Leaving Certificate Examination (including Day School Certificate (Higher) General paper), 1934
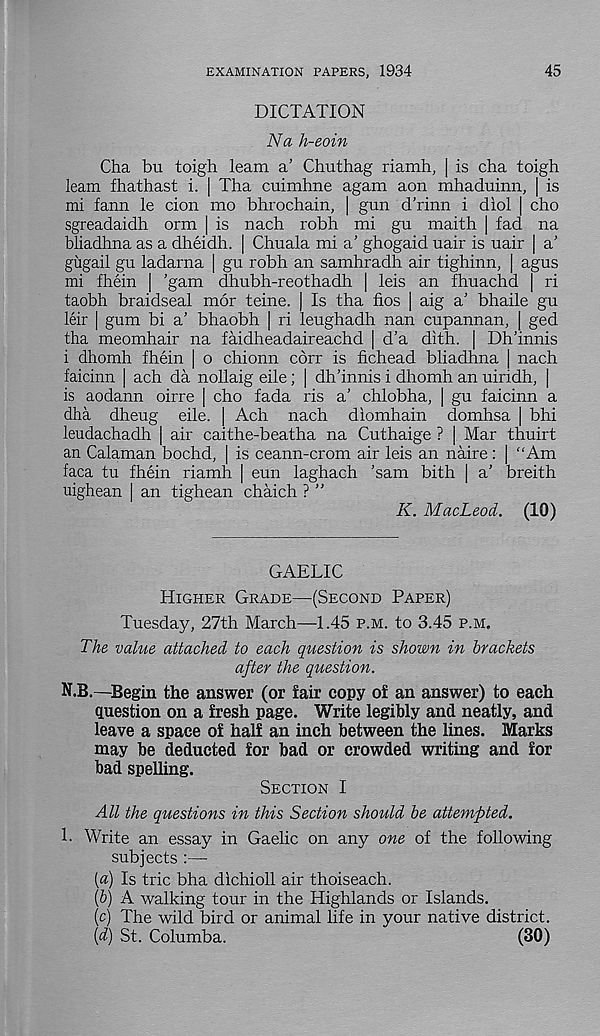
EXAMINATION PAPERS, 1934
45
DICTATION
Na h-eoin
Cha bu toigh leam a’ Chuthag riamh, [ is cha toigh
leam fhathast i. | Tha cuimhne agam aon mhaduinn, | is
mi fann le cion mo bhrochain, | gun d’rinn i diol | cho
sgreadaidh orm | is nach robh mi gu maith | fad na
bliadhna as a dheidh. | Chuala mi a’ ghogaid uair is uair | a’
giigail gu ladarna | gu robh an samhradh air tighinn, | agus
mi fhein | ’gam dhubh-reothadh | leis an fhuachd | ri
taobh braidseal mor teine. | Is tha fios [ aig a’ bhaile gu
leir | gum bi a’ bhaobh [ ri leughadh nan cupannan, | ged
tha meomhair na faidheadaireachd | d’a dith. | Dh’innis
i dhomh fhein ] o chionn cbrr is fichead bliadhna | nach
faicinn | ach da nollaig eile; | dh’innis i dhomh an uiridh, |
is aodann oirre | cho fada ris a’ chlobha, | gu faicinn a
dha dheug eile. | Ach nach diomhain domhsa | bhi
leudachadh | air caithe-beatha na Cuthaige ? | Mar thuirt
an Calaman bochd, | is ceann-crom air leis an naire: | “Am
faca tu fhein riamh | eun laghach ’sam bith | a’ breith
uighean | an tighean chaich ? ”
K. MacLeod. (10)
GAELIC
Higher Grade—(Second Paper)
Tuesday, 27th March—1.45 p.m. to 3.45 p.m.
The value attached to each question is shown in brackets
after the question.
N.B,—Begin the answer (or fair copy of an answer) to each
question on a fresh page. Write legibly and neatly, and
leave a space of half an inch between the lines. Marks
may be deducted for bad or crowded writing and for
bad spelling.
Section I
All the questions in this Section should be attempted.
h Write an essay in Gaelic on any one of the following
subjects :—
[a) Is trie bha dichioll air thoiseach.
(bj A walking tour in the Highlands or Islands.
(c) The wild bird or animal life in your native district.
(d) St. Columba.
(30)